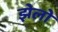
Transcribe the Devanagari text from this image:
झेलो